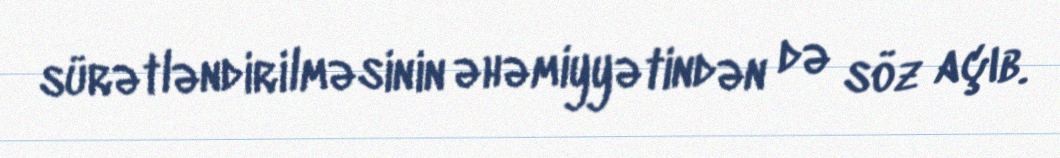
sürətləndirilməsinin əhəmiyyətindən də söz açıb.